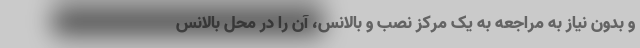
و بدون نیاز به مراجعه به یک مرکز نصب و بالانس، آن را در محل بالانس